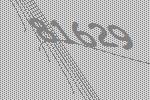
81629